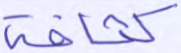
كثافة